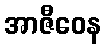
အာဇီဝေန